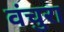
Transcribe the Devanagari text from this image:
वंचुरा